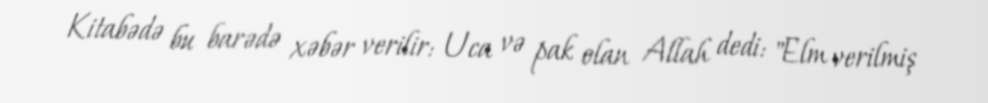
Kitabədə bu barədə xəbər verilir: Uca və pak olan Allah dedi: "Elm verilmiş